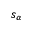
s _ { \alpha }